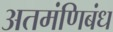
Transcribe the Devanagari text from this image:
अतमंणिबंध